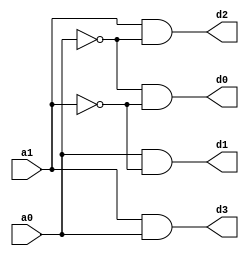
module Decoder2(d3,d2,d1,d0,a0,a1);
	input a0,a1;
	output d3,d2,d1,d0;
	wire inva0,inva1;
	assign inva0= ~a0;
	assign inva1=  ~a1;
	assign d0=inva0 & inva1;
	assign d1=a0 & inva1;
	assign d2=a1 & inva0;
	assign d3=a1 & a0;
endmodule